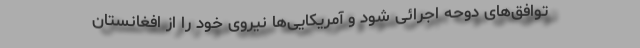
توافق‌های دوحه اجرائی شود و آمریکایی‌ها نیروی خود را از افغانستان